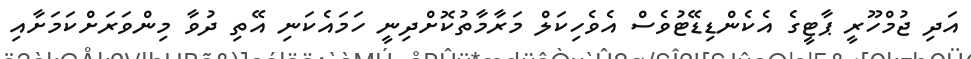
އަދި ޖުމްހޫރީ ޕާޓީގެ އެކެންޑިޑޭޓުވެސް އެވެހިކަލް މަރާމާތުކޮށްދިނީ ހަމައެކަނި އޭތި ދުވާ މިންވަރަށްކަމަށާއި